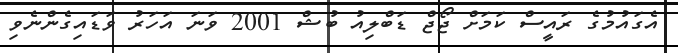
އެގައުމުގެ ރައީސް ކަމަށް ޖޯޖް ޑަބްލިއު ބުޝް 2001 ވަނަ އަހަރު ވަޑައިގެންނެވި